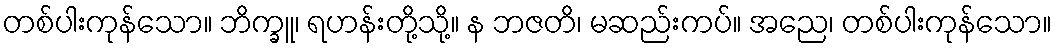
တစ်ပါးကုန်သော။ ဘိက္ခူ၊ ရဟန်းတို့သို့။ န ဘဇတိ၊ မဆည်းကပ်။ အညေ၊ တစ်ပါးကုန်သော။